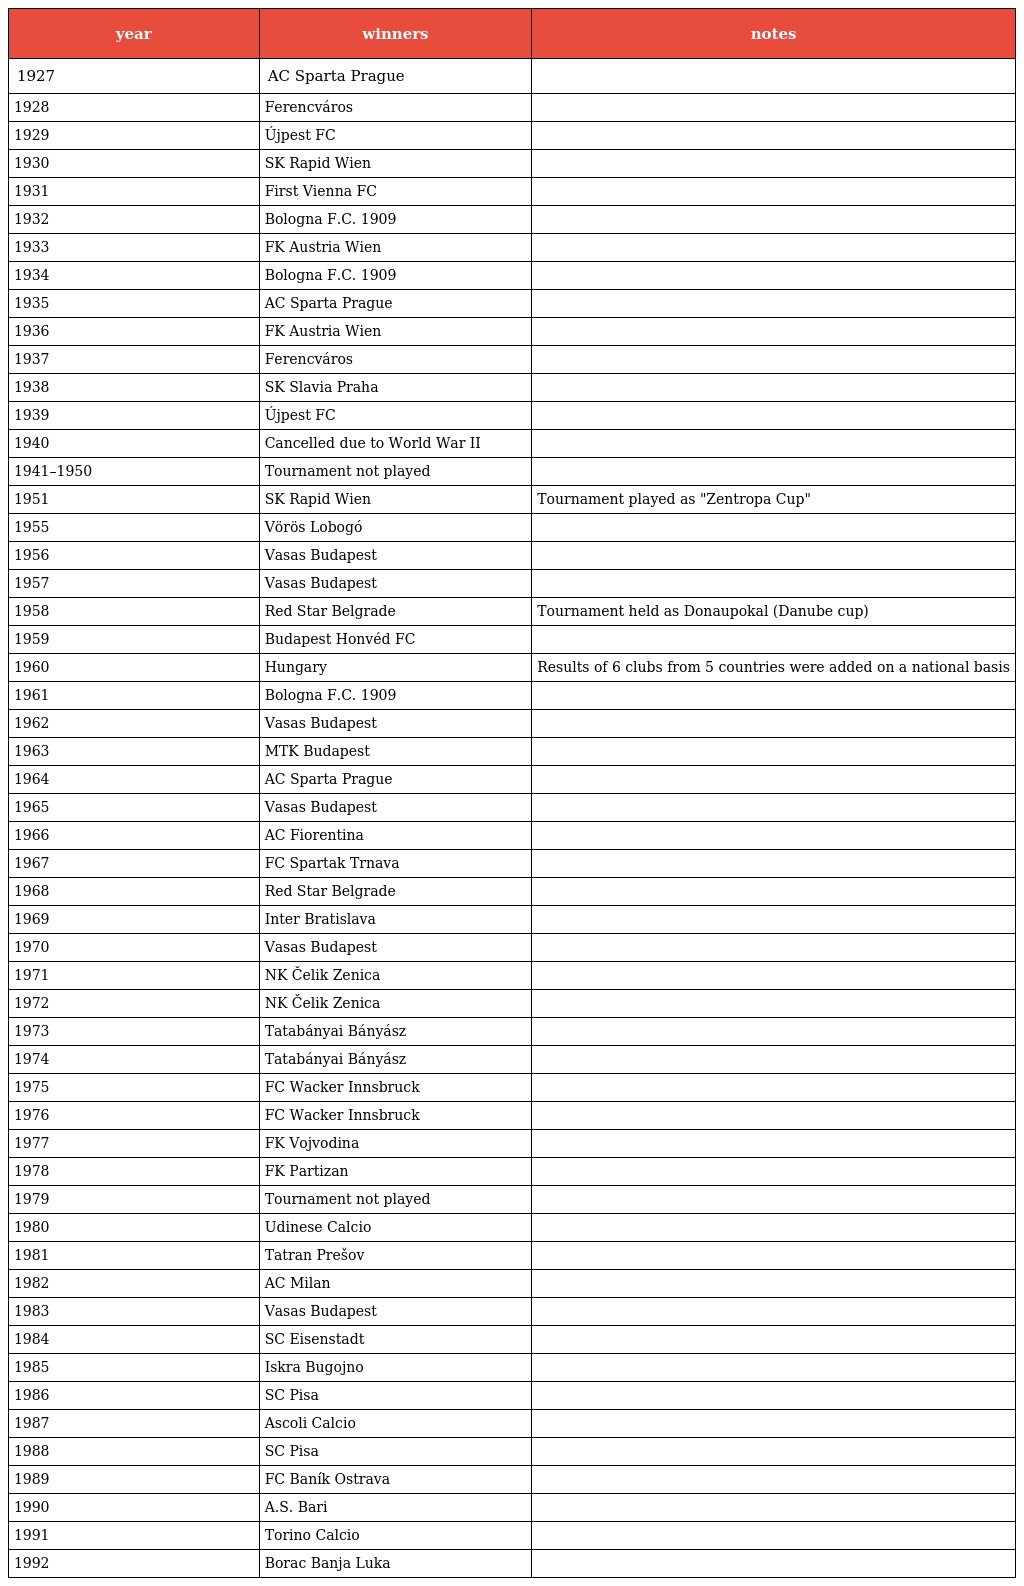
| year | winners | notes |
 | --- | --- | --- |
 | 1927 | AC Sparta Prague |  |
 | 1928 | Ferencváros |  |
 | 1929 | Újpest FC |  |
 | 1930 | SK Rapid Wien |  |
 | 1931 | First Vienna FC |  |
 | 1932 | Bologna F.C. 1909 |  |
 | 1933 | FK Austria Wien |  |
 | 1934 | Bologna F.C. 1909 |  |
 | 1935 | AC Sparta Prague |  |
 | 1936 | FK Austria Wien |  |
 | 1937 | Ferencváros |  |
 | 1938 | SK Slavia Praha |  |
 | 1939 | Újpest FC |  |
 | 1940 | Cancelled due to World War II |  |
 | 1941–1950 | Tournament not played |  |
 | 1951 | SK Rapid Wien | Tournament played as "Zentropa Cup" |
 | 1955 | Vörös Lobogó |  |
 | 1956 | Vasas Budapest |  |
 | 1957 | Vasas Budapest |  |
 | 1958 | Red Star Belgrade | Tournament held as Donaupokal (Danube cup) |
 | 1959 | Budapest Honvéd FC |  |
 | 1960 | Hungary | Results of 6 clubs from 5 countries were added on a national basis |
 | 1961 | Bologna F.C. 1909 |  |
 | 1962 | Vasas Budapest |  |
 | 1963 | MTK Budapest |  |
 | 1964 | AC Sparta Prague |  |
 | 1965 | Vasas Budapest |  |
 | 1966 | AC Fiorentina |  |
 | 1967 | FC Spartak Trnava |  |
 | 1968 | Red Star Belgrade |  |
 | 1969 | Inter Bratislava |  |
 | 1970 | Vasas Budapest |  |
 | 1971 | NK Čelik Zenica |  |
 | 1972 | NK Čelik Zenica |  |
 | 1973 | Tatabányai Bányász |  |
 | 1974 | Tatabányai Bányász |  |
 | 1975 | FC Wacker Innsbruck |  |
 | 1976 | FC Wacker Innsbruck |  |
 | 1977 | FK Vojvodina |  |
 | 1978 | FK Partizan |  |
 | 1979 | Tournament not played |  |
 | 1980 | Udinese Calcio |  |
 | 1981 | Tatran Prešov |  |
 | 1982 | AC Milan |  |
 | 1983 | Vasas Budapest |  |
 | 1984 | SC Eisenstadt |  |
 | 1985 | Iskra Bugojno |  |
 | 1986 | SC Pisa |  |
 | 1987 | Ascoli Calcio |  |
 | 1988 | SC Pisa |  |
 | 1989 | FC Baník Ostrava |  |
 | 1990 | A.S. Bari |  |
 | 1991 | Torino Calcio |  |
 | 1992 | Borac Banja Luka |  |